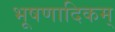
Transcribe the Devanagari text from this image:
भूषणादिकम्